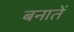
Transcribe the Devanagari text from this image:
बनातें